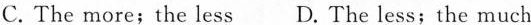
C.The more;the less D.The less;the much